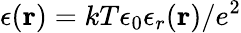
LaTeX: \epsilon({\mathbf r})=kT\epsilon_{0}\epsilon_{r}({\mathbf r})/e^{2}